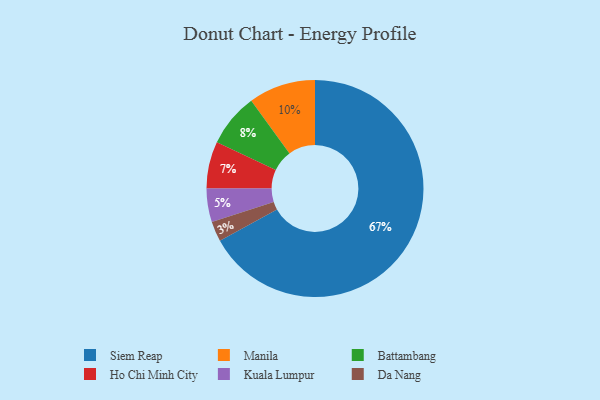
{"axis": {"x": "Category", "y": "Percentage"}, "legend": ["Battambang", "Da Nang", "Ho Chi Minh City", "Kuala Lumpur", "Manila", "Siem Reap"], "data": [{"x": "Ho Chi Minh City", "y": 7, "type": "Ho Chi Minh City"}, {"x": "Battambang", "y": 8, "type": "Battambang"}, {"x": "Manila", "y": 10, "type": "Manila"}, {"x": "Kuala Lumpur", "y": 5, "type": "Kuala Lumpur"}, {"x": "Da Nang", "y": 3, "type": "Da Nang"}, {"x": "Siem Reap", "y": 67, "type": "Siem Reap"}]}